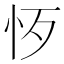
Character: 𢗚